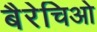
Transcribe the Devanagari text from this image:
बैरेचिओ